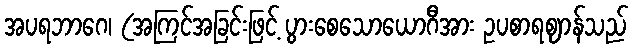
အပရဘာဂေ၊ (အကြင်အခြင်းဖြင့် ပွားစေသောယောဂီအား ဥပစာရဈာန်သည်